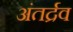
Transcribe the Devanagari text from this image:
अंतर्द्रव